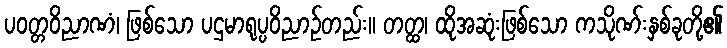
ပဝတ္တဝိညာဏံ၊ ဖြစ်သော ပဌမာရုပ္ပဝိညာဉ်တည်း။ တတ္ထ၊ ထိုအဆုံးဖြစ်သော ကသိုဏ်းနှစ်ခုတို့၏